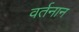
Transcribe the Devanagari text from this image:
वर्तनान